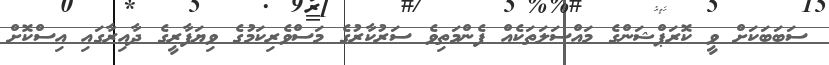
ސަބަބަކަށް ވީ ކޮރަޕްޝަންގެ މައްސަލަތަކެއް ފެންމަތިވެ ސަރުކާރުގެ މަސްވެރިކަމުގެ ވިޔަފާރީގެ ދާއިރާގައި އިސްކޮށް